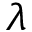
\lambda